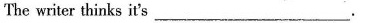
The writer thinks it's___.